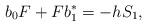
LaTeX: \begin{align*}b_0F+Fb^*_1=-hS_1,\end{align*}